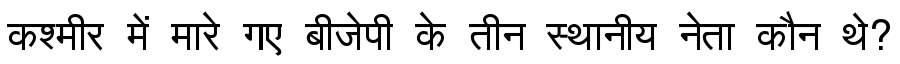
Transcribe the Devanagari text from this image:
कश्मीर में मारे गए बीजेपी के तीन स्थानीय नेता कौन थे?